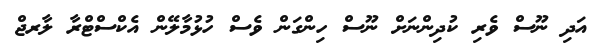
އަދި ނޫސް ވެރި ކުދިންނަށް ނޫސް ހިންގަން ވެސް ހުޅުމާލޭން އެކްސްޓްރާ ލާރޖް